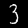
Label: 3